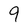
Character: 9